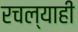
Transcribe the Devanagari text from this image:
रचल्याही